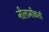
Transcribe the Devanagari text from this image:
नीलामीकर्ता